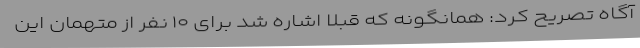
آگاه تصریح کرد: همانگونه که قبلاً اشاره شد برای ۱۰ نفر از متهمان این